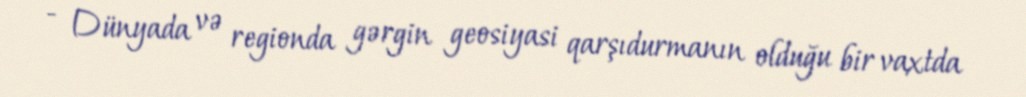
- Dünyada və regionda gərgin geosiyasi qarşıdurmanın olduğu bir vaxtda